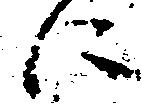
に